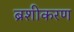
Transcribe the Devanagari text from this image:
ब्रशीकरण